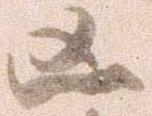
凶